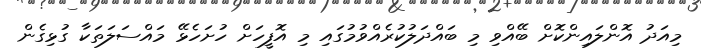
މިއަދު އޮންލައިންކޮށް ބޭއްވި މި ބައްދަލުކުރެއްވުމުގައި މި އޮފީހަށް ހުށަހެޅޭ މައްސަލަތަކާ ގުޅިގެން